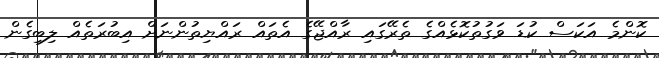
ކޮންމެ އަކަސް ކުޑަ ވަގުތުކޮޅެއްގެ ތެރޭގައި ރާއްޖޭގެ އެތައް ރައްޔިތުންނަށް އިބުރަތެއް ލިބިގެން